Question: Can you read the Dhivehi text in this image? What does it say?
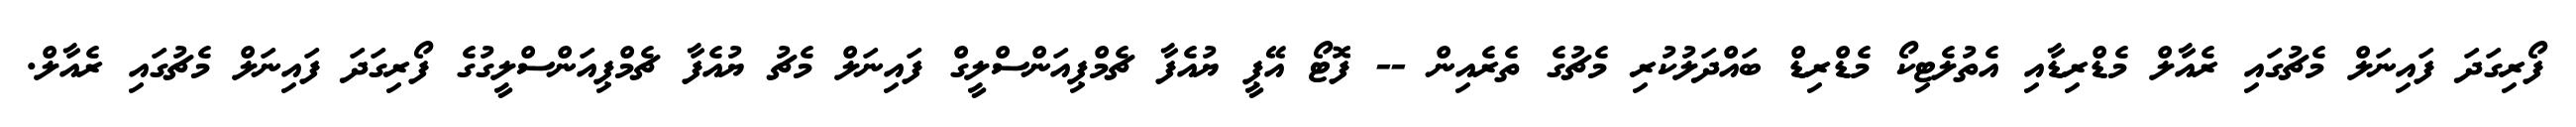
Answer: ފޯރިގަދަ ފައިނަލް މެޗުގައި ރެއާލް މެޑްރިޑާއި އެތުލެޓިކޯ މެޑްރިޑް ބައްދަލުކުރި މެޗުގެ ތެރެއިން -- ފޮޓޯ އޭޕީ ޔުއެފާ ޗެމްޕިއަންސްލީގް ފައިނަލް މެޗު ޔުއެފާ ޗެމްޕިއަންސްލީގުގެ ފޯރިގަދަ ފައިނަލް މެޗުގައި ރެއާލް.